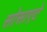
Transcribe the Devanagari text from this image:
सोसाएटे